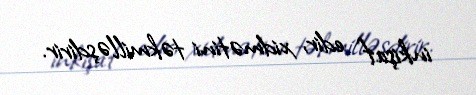
inkişaf edir, xidmətini təkmilləşdirir.